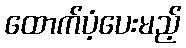
ထောက်ပံ့ပေးမည့်